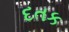
દતક